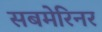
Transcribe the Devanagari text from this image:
सबमेरिनर